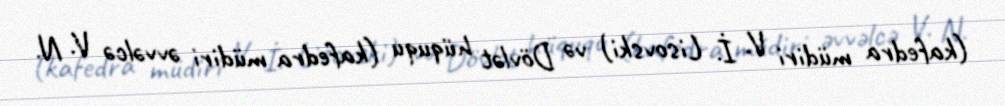
(kafedra müdiri V. İ. Lisovski) və Dövlət hüququ (kafedra müdiri əvvəlcə V. N.